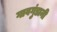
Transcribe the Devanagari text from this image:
गावगुंडानी